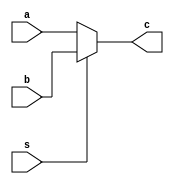
`timescale 1ns / 1ps
//////////////////////////////////////////////////////////////////////////////////
// Company: 
// Engineer: 
// 
// Design Name: 
// Module Name: Mux2x1
// Project Name: 
// Target Devices: 
// Tool Versions: 
// Description: 
// 
// Dependencies: 
// 
// Revision:
// Revision 0.01 - File Created
// Additional Comments:
// 
//////////////////////////////////////////////////////////////////////////////////


module Mux2x1 (input [31:0] a, b, input s, output [31:0] c);
    assign c = (s == 0)? a: b;
endmodule